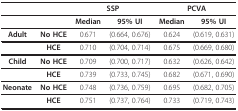
|  |  | <COLSPAN=2> SSP | <COLSPAN=2> PCVA |
 | --- | --- | --- | --- | --- | --- |
 |  |  | Median | 95% UI | Median | 95% UI |
 | Adult | No HCE | 0.671 | (0.664, 0.676) | 0.624 | (0.619, 0.631) |
 |  | HCE | 0.710 | (0.704, 0.714) | 0.675 | (0.669, 0.680) |
 | Child | No HCE | 0.709 | (0.700, 0.717) | 0.632 | (0.626, 0.642) |
 |  | HCE | 0.739 | (0.733, 0.745) | 0.682 | (0.671, 0.690) |
 | Neonate | No HCE | 0.748 | (0.736, 0.759) | 0.695 | (0.682, 0.705) |
 |  | HCE | 0.751 | (0.737, 0.764) | 0.733 | (0.719, 0.743) |